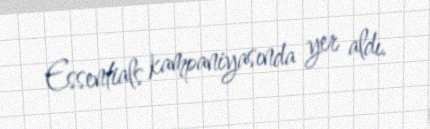
Essentials kampaniyasında yer aldı.